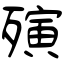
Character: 殥